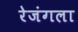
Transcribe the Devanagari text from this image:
रेजंगला